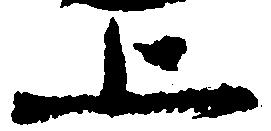
上